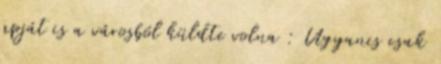
apját is a városból küldte volna : Ugyanis csak